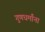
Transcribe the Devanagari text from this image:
गुणधर्मांना